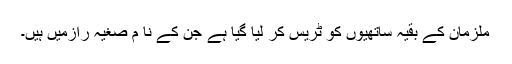
ملزمان کے بقیہ ساتھیوں کو ٹریس کر لیا گیا ہے جن کے نا م صغیہ رازمیں ہیں۔